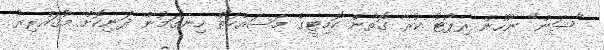
"ސަން" ނޫހުން ރިޕޯޓު ކުރާ ގޮތުން ކޮމިޓީގެ މަސައްކަތް ހިނގަމުން ދަނިކޮށް މުޤައްރިރު